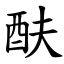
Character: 酜